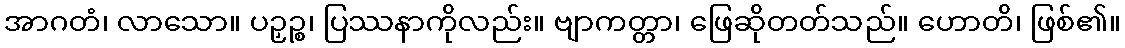
အာဂတံ၊ လာသော။ ပဉှဉ္စ၊ ပြဿနာကိုလည်း။ ဗျာကတ္တာ၊ ဖြေဆိုတတ်သည်။ ဟောတိ၊ ဖြစ်၏။